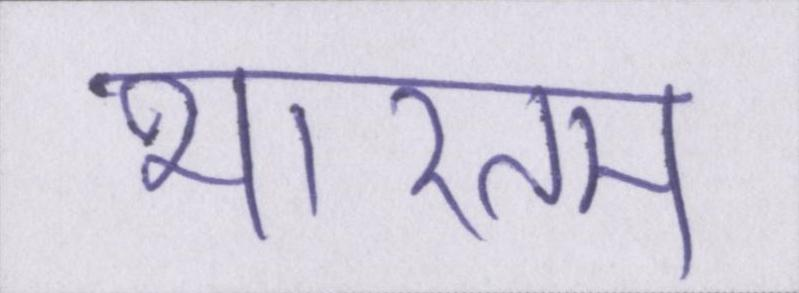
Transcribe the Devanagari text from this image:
भारतम